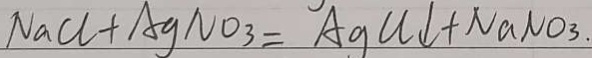
N a C l + A g N O _ { 3 } = A g C l \downarrow + N a N O _ { 3 } .